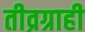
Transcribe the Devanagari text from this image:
तीव्रग्राही